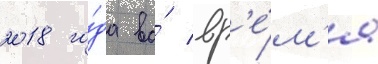
2018 го́да во́ вр'е́м'я